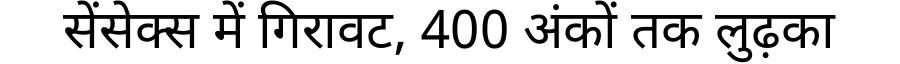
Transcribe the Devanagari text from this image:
सेंसेक्स में गिरावट, 400 अंकों तक लुढ़का